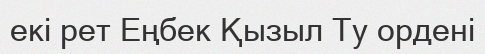
екі рет Еңбек Қызыл Ту ордені